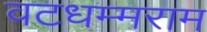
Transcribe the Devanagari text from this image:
वटधम्मराम